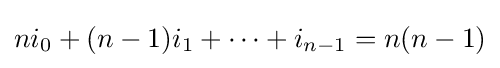
ni_{0}+(n-1)i_{1}+\cdots +i_{n-1}=n(n-1)